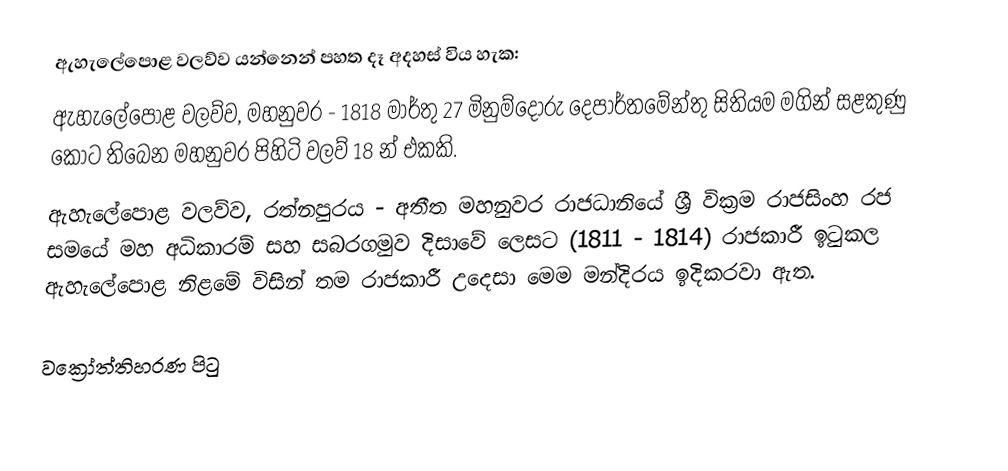
ඇහැලේපොළ වලව්ව යන්නෙන් පහත දෑ අදහස් විය හැක:
 ඇහැලේපොළ වලව්ව, මහනුවර - 1818 මාර්තු 27 මිනුම්දෝරු දෙපාර්තමේන්තු සිතියම මගින් සළකුණු කොට තිබෙන මහනුවර පිහිටි වලව් 18 න් එකකි.
 ඇහැලේපොළ වලව්ව, රත්නපුරය - අතීත මහනුවර රාජධානියේ ශ්‍රී වික්‍රම රාජසිංහ රජ සමයේ මහ අධිකාරම් සහ සබරගමුව දිසාවේ ලෙසට (1811 - 1814) රාජකාරී ඉටුකල ඇහැලේපොළ නිළමේ විසින් තම රාජකාරී උදෙසා මෙම මන්දිරය ඉදිකරවා ඇත.

වක්‍රෝත්තිහරණ පිටු